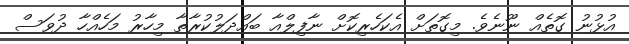
އުޅުނު ގޮތެއް ނޫނެވެ. މިގޮތަށް އެކަހެރިކޮށް ނާފިލްއާ ބައްދަލުކުރާތާ މިހާރު މަހެއްހާ ދުވަސް